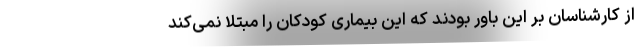
از کارشناسان بر این باور بودند که این بیماری کودکان را مبتلا نمی‌کند